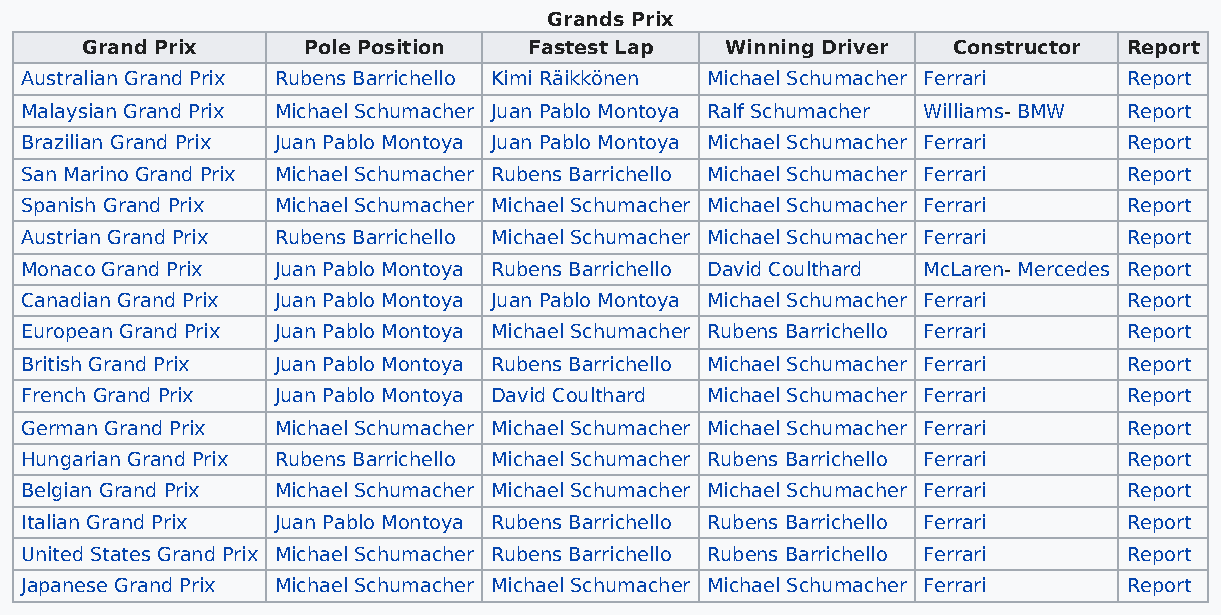
Grands Prix
 Grand Prix     Pole Position  Fastest Lap  Winning Driver Constructor Report
 Australian Grand Prix Rubens Barrichello Kimi Räikkönen Michael Schumacher Ferrari Report
 Malaysian Grand Prix Michael Schumacher Juan Pablo Montoya Ralf Schumacher Williams- BMW Report
 Brazilian Grand Prix Juan Pablo Montoya Juan Pablo Montoya Michael Schumacher Ferrari Report
 San Marino Grand Prix Michael Schumacher Rubens Barrichello Michael Schumacher Ferrari Report
 Spanish Grand Prix Michael Schumacher Michael Schumacher Michael Schumacher Ferrari Report
 Austrian Grand Prix Rubens Barrichello Michael Schumacher Michael Schumacher Ferrari Report
 Monaco Grand Prix Juan Pablo Montoya Rubens Barrichello David Coulthard McLaren- Mercedes Report
 Canadian Grand Prix Juan Pablo Montoya Juan Pablo Montoya Michael Schumacher Ferrari Report
 European Grand Prix Juan Pablo Montoya Michael Schumacher Rubens Barrichello Ferrari Report
 British Grand Prix Juan Pablo Montoya Rubens Barrichello Michael Schumacher Ferrari Report
 French Grand Prix Juan Pablo Montoya David Coulthard Michael Schumacher Ferrari Report
 German Grand Prix Michael Schumacher Michael Schumacher Michael Schumacher Ferrari Report
 Hungarian Grand Prix Rubens Barrichello Michael Schumacher Rubens Barrichello Ferrari Report
 Belgian Grand Prix Michael Schumacher Michael Schumacher Michael Schumacher Ferrari Report
 Italian Grand Prix Juan Pablo Montoya Rubens Barrichello Rubens Barrichello Ferrari Report
 United States Grand Prix Michael Schumacher Rubens Barrichello Rubens Barrichello Ferrari Report
 Japanese Grand Prix Michael Schumacher Michael Schumacher Michael Schumacher Ferrari Report